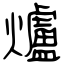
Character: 爐